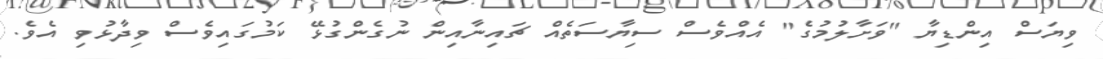
ވިޔަސް އިންޑިޔާ "ވަށާލުމުގެ" އެއްވެސް ސިޔާސަތެއް ޗައިނާއިން ނުގެންގުޅޭ ކަމުގައިވެސް ވިދާޅުވި އެވެ.